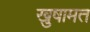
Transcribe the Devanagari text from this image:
खुषामत